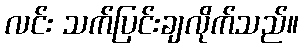
လင်း သက်ပြင်းချလိုက်သည်။